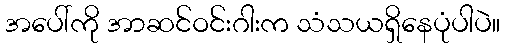
အပေါ်ကို အာဆင်ဝင်းဂါးက သံသယရှိနေပုံပါပဲ။